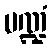
မဏ္ဍံ